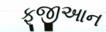
ફૂજીઆન